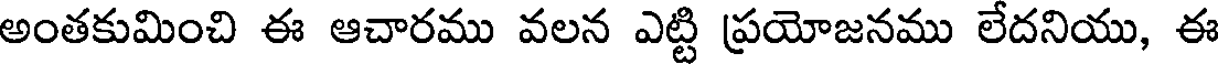
అంతకుమించి ఈ ఆచారము వలన ఎట్టి ప్రయోజనము లేదనియు, ఈ